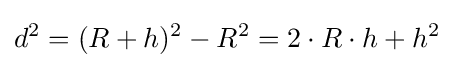
d^{2}=(R+h)^{2}-R^{2}=2\cdot R\cdot h+h^{2}